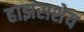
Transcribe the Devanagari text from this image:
हाझराशेय